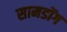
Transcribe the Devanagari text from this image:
सामडोंग